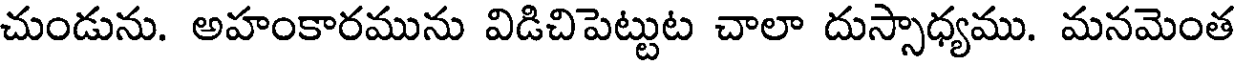
చుండును. అహంకారమును విడిచిపెట్టుట చాలా దుస్సాధ్యము. మనమెంత